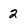
Character: 2